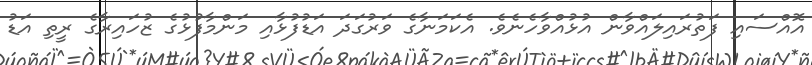
އޮއްސައި ފަތުރައިލައްވާން އުޅުއްވާހެނެވެ. އެކަމަނާގެ ވަރުގަދަ އަޑުފުޅާއި މަންމާފުޅުގެ ޒުހައިރާގެ ރީތި އަޑު